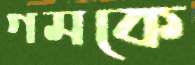
গমকে